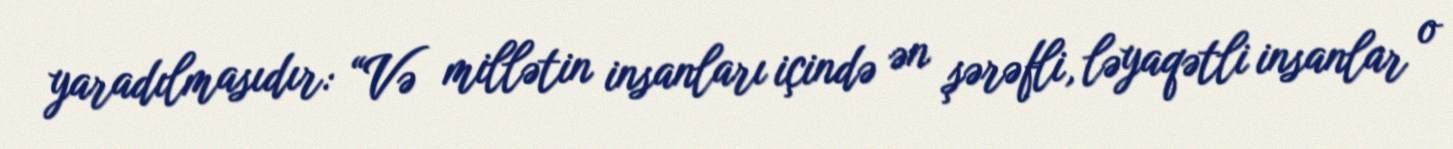
yaradılmasıdır: “Və millətin insanları içində ən şərəfli, ləyaqətli insanlar o